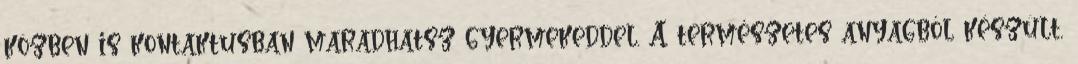
közben is kontaktusban maradhatsz gyermekeddel. A természetes anyagból készült,